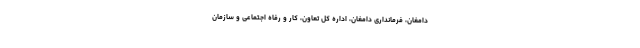
دامغان، فرمانداری دامغان، اداره کل تعاون، کار و رفاه اجتماعی و سازمان